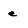
Character: e